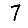
Digit: 7